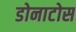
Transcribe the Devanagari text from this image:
डोनाटोस